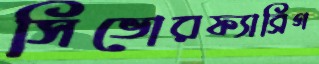
সিভোরফ্যাব্রিগ